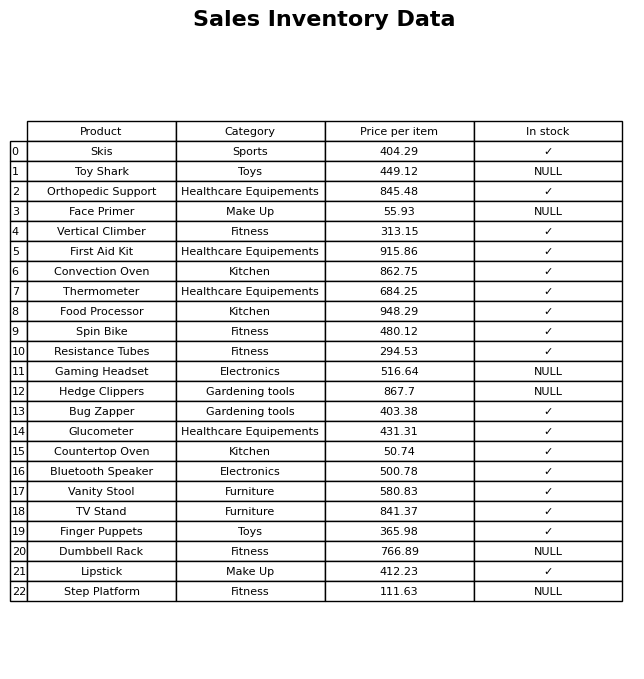
question: What is the price for Bluetooth Speaker?
answer: The price of Bluetooth Speaker is 500.78.